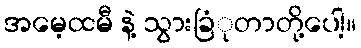
အမေ့ထမီ နဲ့ သွားခြံုတာတို့ပေါ့။